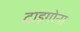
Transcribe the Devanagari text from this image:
ट्राइगोना